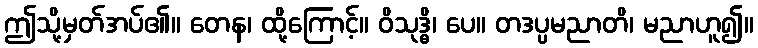
ဤသို့မှတ်အပ်၏။ တေန၊ ထို့ကြောင့်။ ဝိသုဒ္ဓိ၊ ပေ။ တဒပ္ပမညာတိ၊ မညာဟူ၍။